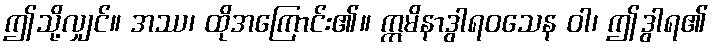
ဤသို့လျှင်။ အဿ၊ ထိုအကြောင်း၏။ ဣမိနာဒွါရဝသေန ဝါ၊ ဤဒွါရ၏